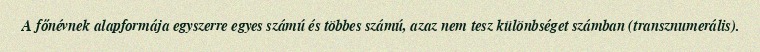
A főnévnek alapformája egyszerre egyes számú és többes számú, azaz nem tesz különbséget számban (transznumerális).